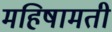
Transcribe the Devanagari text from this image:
महिषामती